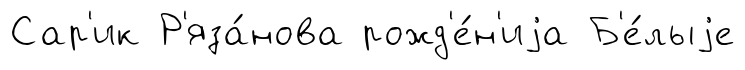
Сар'ик Р'яза́нова рожд'е́н'иjа Б'е́лыjе